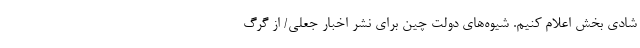
شادی بخش اعلام کنیم. شیوه‌های دولت چین برای نشر اخبار جعلی/ از گرگ